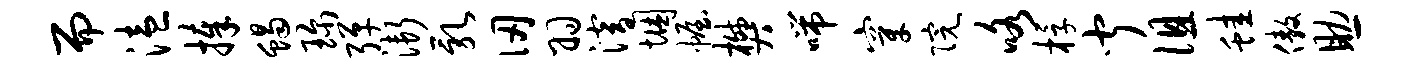
而溘捧蝎珍弹渐乳仞羽潜悃幄樊喘穿院咯桴闻徂蛙傲助